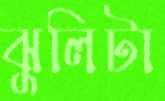
ঝুলিটা